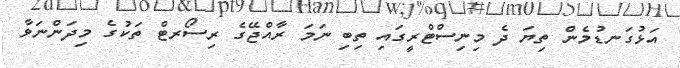
އަޅުގަނޑުމެން ތިޔަ ދެ މިނިސްޓްރީގައި ތިބި ނަމަ ރާއްޖޭގެ ރިސޯރޓް ތަކުގެ މިދަންނަވާ